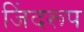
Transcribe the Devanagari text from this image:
जिंदरूप